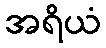
အရိယံ